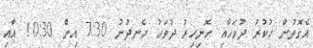
އެގޮތުން ހުކުރު ދުވަހާއި ހޮނިހިރު ދުވަހު ހެނދުނު 7:30 އިން 10:30 އާއި